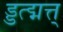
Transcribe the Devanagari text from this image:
ड्डत्द्मत्त्